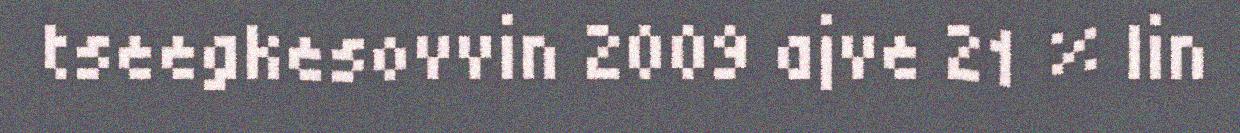
tseegkesovvin 2009 ajve 21 % lin